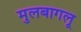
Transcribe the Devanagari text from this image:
मुलबागलू